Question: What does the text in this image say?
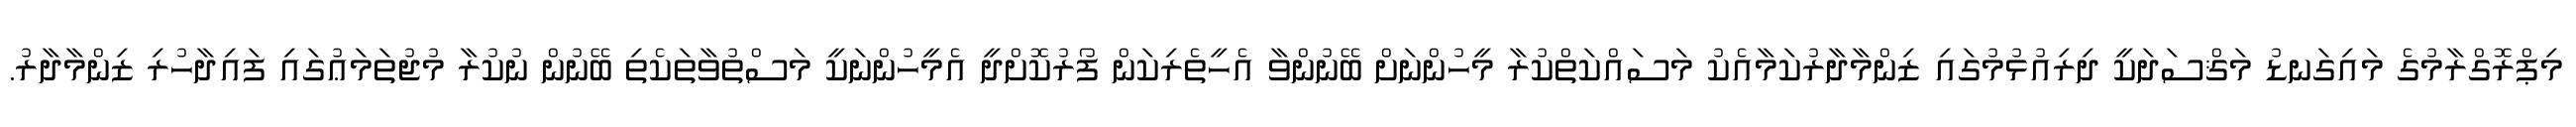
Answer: މިޕްރޮގްރާމުގެ މައިގަނޑު މަޤްސަދަކީ ދިރިއުޅުމުގައި ޒިންމާދާރުކަމާއެކު މަސައްކަތްކުރާ މީހުންނަށް ބޭނުންވާ އެހީތެރިކަން ފޯރުކޮށްދީ އެމީހުންނަކީ މަސްތުވާތަކެތި ބޭނުން ނުކުރާ މުޖުތަމަޢުގައި ފައިދާހުރި ޒިންމާދާރު.